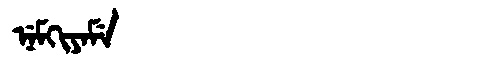
Manchu: ᠨᡝᠮᡴᡳᠶᠠᠮᡝ
Romanization: NEMKIYAME